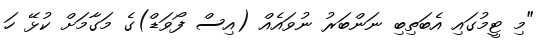
"މި ޓީމުގައި އެބަތިބި ނަންބަރު ނުވައެއް (އިސް ފޯވަޑް)ގެ މަގާމަށް ކުޅޭ ހަ